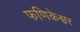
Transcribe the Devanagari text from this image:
फणिकेश्वर